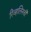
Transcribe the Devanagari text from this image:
रिव्हलिनची